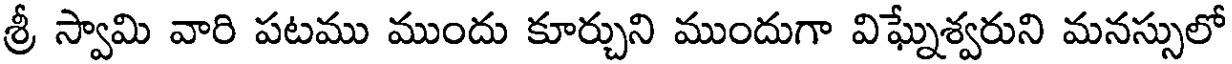
శ్రీ స్వామి వారి పటము ముందు కూర్చుని ముందుగా విఘ్నేశ్వరుని మనస్సులో